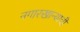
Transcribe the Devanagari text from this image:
नगारखान्याची